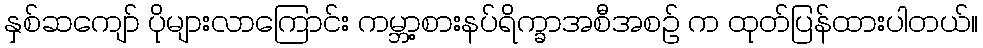
နှစ်ဆကျော် ပိုများလာကြောင်း ကမ္ဘာ့စားနပ်ရိက္ခာအစီအစဉ် က ထုတ်ပြန်ထားပါတယ်။